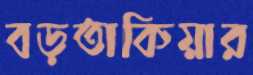
বড়তাকিয়ার